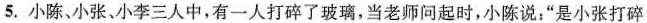
5.小陈小张、小李三人中，有一人打碎了玻璃，当老师问起时，小陈说：”是小张打碎